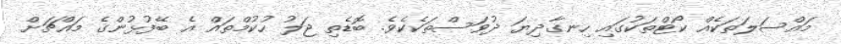
މައްސަލަތަކެއް ކޯޓްތަކުގައި ހިނގާދިޔަ ދުވަސްތަކެކެވެ. ބޮޑެތި ޖަލު ހުކުމްތައް އެ ބޭފުޅުންގެ މައްޗަށް